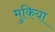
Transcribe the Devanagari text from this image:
मुकिया